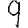
Digit: 9